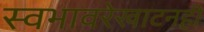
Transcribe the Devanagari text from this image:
स्वभावरेखाटनही